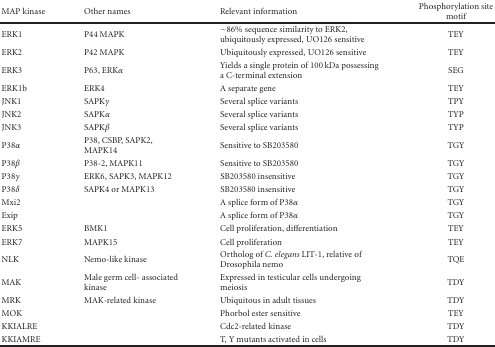
<table><thead><tr><td><b>MAP kinase</b></td><td><b>Other names</b></td><td><b>Relevant information</b></td><td><b>Phosphorylation site motif</b></td></tr></thead><tbody><tr><td>ERK1</td><td>P44 MAPK</td><td>~86% sequence similarity to ERK2, ubiquitously expressed, UO126 sensitive</td><td>TEY</td></tr><tr><td>ERK2</td><td>P42 MAPK</td><td>Ubiquitously expressed, UO126 sensitive</td><td>TEY</td></tr><tr><td>ERK3</td><td>P63, ERK<i>α</i></td><td>Yields a single protein of 100 kDa possessing a C-terminal extension</td><td>SEG</td></tr><tr><td>ERK1b</td><td>ERK4</td><td>A separate gene</td><td>TEY</td></tr><tr><td>JNK1</td><td>SAPK<i>γ</i></td><td>Several splice variants</td><td>TPY</td></tr><tr><td>JNK2</td><td>SAPK<i>α</i></td><td>Several splice variants</td><td>TYP</td></tr><tr><td>JNK3</td><td>SAPK<i>β</i></td><td>Several splice variants</td><td>TYP</td></tr><tr><td>P38<i>α</i></td><td>P38, CSBP, SAPK2, MAPK14</td><td>Sensitive to SB203580</td><td>TGY</td></tr><tr><td>P38<i>β</i></td><td>P38-2, MAPK11</td><td>Sensitive to SB203580</td><td>TGY</td></tr><tr><td>P38<i>γ</i></td><td>ERK6, SAPK3, MAPK12</td><td>SB203580 insensitive</td><td>TGY</td></tr><tr><td>P38<i>δ</i></td><td>SAPK4 or MAPK13</td><td>SB203580 insensitive</td><td>TGY</td></tr><tr><td>Mxi2</td><td>[EMPTY_CELL]</td><td>A splice form of P38<i>α</i></td><td>TGY</td></tr><tr><td>Exip</td><td>[EMPTY_CELL]</td><td>A splice form of P38<i>α</i></td><td>TGY</td></tr><tr><td>ERK5</td><td>BMK1</td><td>Cell proliferation, differentiation</td><td>TEY</td></tr><tr><td>ERK7</td><td>MAPK15</td><td>Cell proliferation</td><td>TEY</td></tr><tr><td>NLK</td><td>Nemo-like kinase</td><td>Ortholog of <i>C. elegans</i> LIT-1, relative of Drosophila nemo</td><td>TQE</td></tr><tr><td>MAK</td><td>Male germ cell- associated kinase</td><td>Expressed in testicular cells undergoing meiosis</td><td>TDY</td></tr><tr><td>MRK</td><td>MAK-related kinase</td><td>Ubiquitous in adult tissues</td><td>TDY</td></tr><tr><td>MOK</td><td>[EMPTY_CELL]</td><td>Phorbol ester sensitive</td><td>TEY</td></tr><tr><td>KKIALRE</td><td>[EMPTY_CELL]</td><td>Cdc2-related kinase</td><td>TDY</td></tr><tr><td>KKIAMRE</td><td>[EMPTY_CELL]</td><td>T, Y mutants activated in cells</td><td>TDY</td></tr></tbody></table>